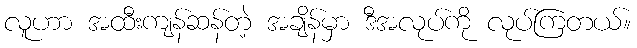
လူဟာ အထီးကျန်ဆန်တဲ့ အချိန်မှာ ဒီအလုပ်ကို လုပ်ကြတယ်။